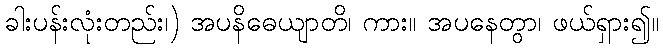
ခါးပန်းလုံးတည်း၊) အပနိဓေယျာတိ၊ ကား။ အပနေတွာ၊ ဖယ်ရှား၍။